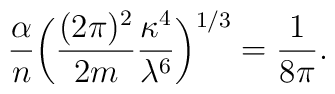
{\alpha \over n}\bigg( {(2\pi)^2 \over 2 m } {\kappa^4 \over \lambda^6} \bigg)^{1/3}  ={1 \over 8 \pi}.